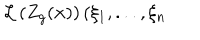
\mathcal { L } \left( Z _ { g } ( \mathbf { x } ) \right) ( \xi _ { 1 } , . . . , \xi _ { n }